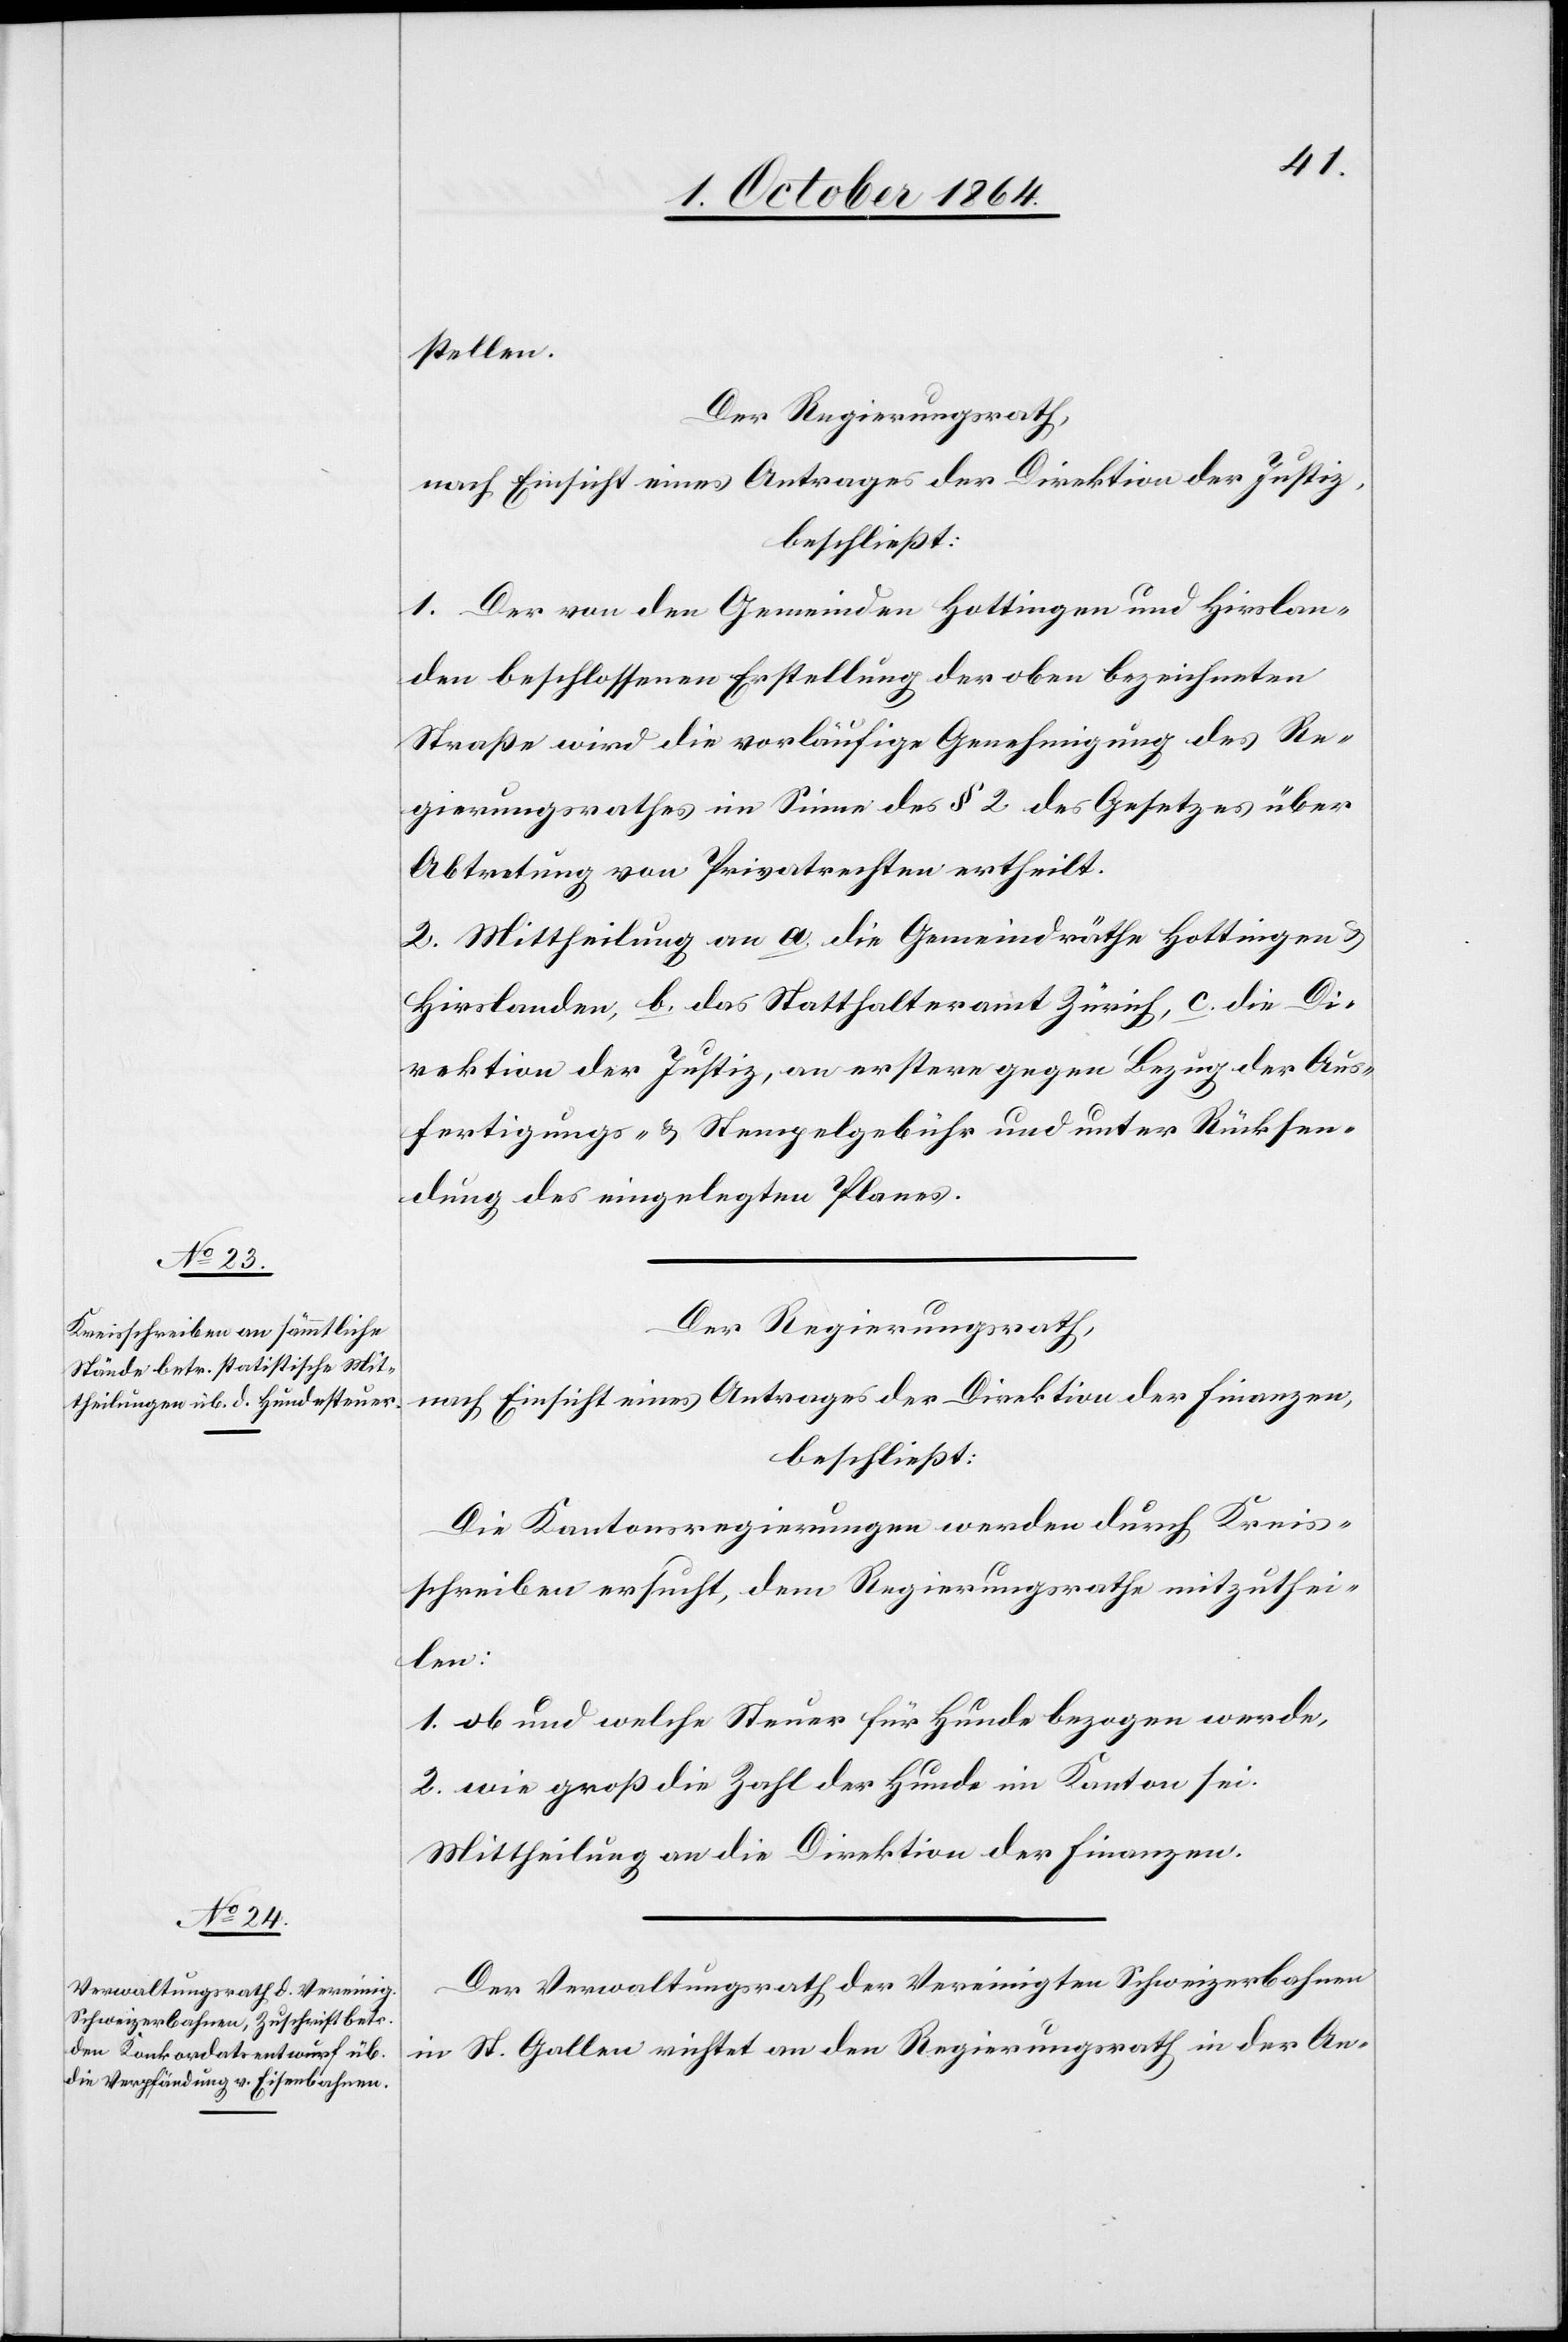
stellen.
Der Regierungsrath
nach Einsicht eines Antrages der Direktion der Justiz
beschließt:
1. Der von den Gemeinden Hottingen und Hirslan¬
den beschlossenen Erstellung der oben bezeichneten
Straße wird die vorläufige Genehmigung des Re¬
gierungsrathes im Sinne des § 2 des Gesetzes über
Abtretung von Privatrechten ertheilt.
2. Mittheilung an a. die Gemeindräthe Hottingen &
Hirslanden, b. das Statthalteramt Zürich, c. die Di¬
rektion der Justiz, an erstere gegen Bezug der Aus¬
fertigungs- & Stempelgebühr und unter Rücksen¬
dung des eingelegten Planes.
Der Regierungsrath,
nach Einsicht eines Antrages der Direktion der Finanzen,
beschließt:
Die Kantonsregierungen werden durch Kreis¬
schreiben ersucht, dem Regierungsrathe mitzuthei¬
len:
1. ob und welche Steuer für Hunde bezogen werde,
2. wie groß die Zahl der Hunde im Kanton sei.
Mittheilung an die Direktion der Finanzen.
Der Verwaltungsrath der Vereinigten Schweizerbahnen
in St. Gallen richtet an den Regierungsrath in der An-